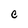
Character: C